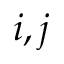
i , j